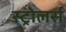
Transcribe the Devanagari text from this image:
स्ट्रोलर्स